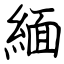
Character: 緬